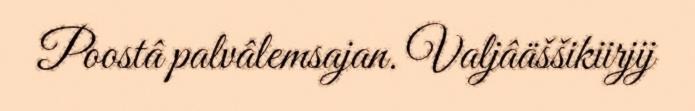
Poostâ palvâlemsajan. Valjâäššikiirjij